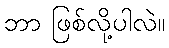
ဘာ ဖြစ်လို့ပါလဲ။